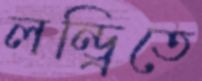
লন্ড্রিতে